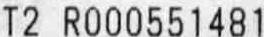
T2 R000551481